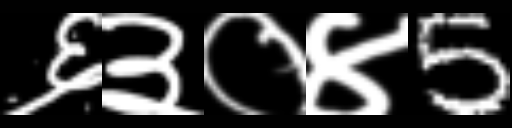
Text: ६३०४5